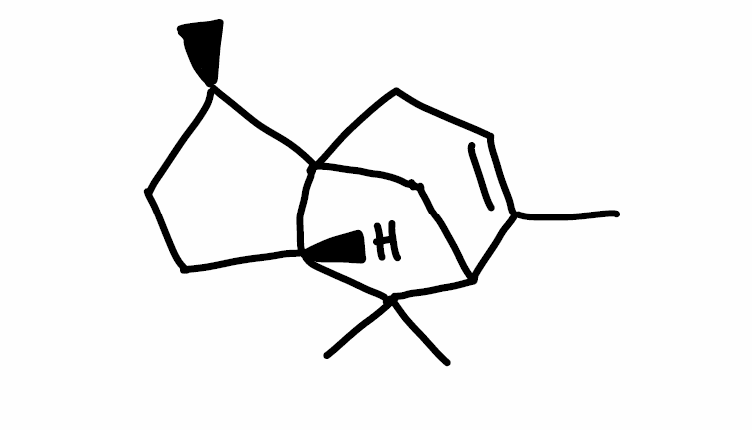
Simplified molecular-input line-entry system (SMILES) notation of the given molecule:
C[C@@H]1CC[C@@H]2C13CC=C(C(C3)C2(C)C)C